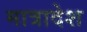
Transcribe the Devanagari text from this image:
मात्रादेश